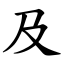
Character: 及